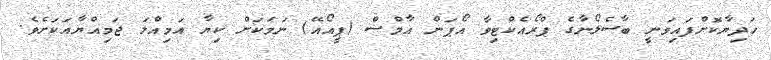
ހަދިޔާކޮށްފައިވަނީ ބާސެލޯނާގެ ޕްރޯއެކްޓިވާ އޯޕަން އާމްސް (ޕީއޯއޭ) ނަމަކަށް ކިޔާ އަމިއްލަ ޖަމިއްޔާއަކަށެވެ.